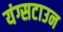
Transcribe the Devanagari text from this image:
यंग्सटाउन